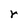
Character: r